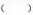
()